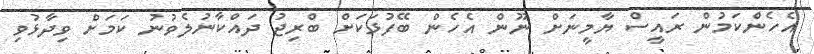
އެހެންކަމުން ރައީސް ޔާމީނަށް ނޫން އެހެން ބޭފުޅަކަށް ބްރިޖު ދައްކާނުލެވުނު ކަމަށް ވިދާޅުވި